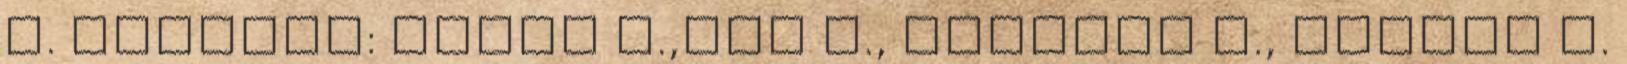
I. zongora: Amano S.,Pál D., Soltész A., Szekér B.